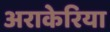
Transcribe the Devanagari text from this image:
अराकेरिया